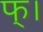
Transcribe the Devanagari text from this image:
फ्।